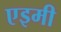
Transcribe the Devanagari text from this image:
एइमी